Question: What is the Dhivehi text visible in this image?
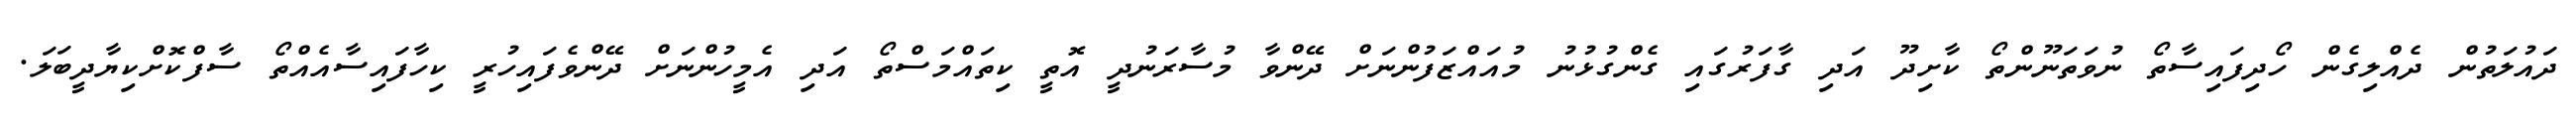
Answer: ދައުލަތުން ދެއްލިގެން ހޯދިފައިސާތޯ ނުވަތަނޫންތޯ ކާށިދޫ އަދި ގާފަރުގައި ގެންގުޅުނު މުއައްޒަފުންނަށް ދޭންވާ މުސާރަނުދީ އޮތީ ކިތައްމަސްތޯ އަދި އެމީހުންނަށް ދޭންވެފައިހުރީ ކިހާފައިސާއެއްތޯ ސާފްކޮށްކިޔާދީބަލަ.